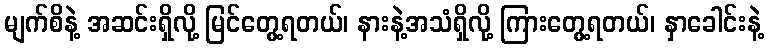
မျက်စိနဲ့ အဆင်းရှိလို့ မြင်တွေ့ရတယ်၊ နားနဲ့အသံရှိလို့ ကြားတွေ့ရတယ်၊ နှာခေါင်းနဲ့